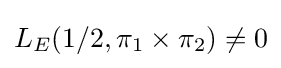
L_{E}(1/2,\pi _{1}\times \pi _{2})\neq 0